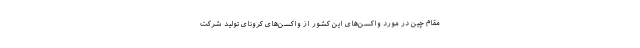
مقام چین در مورد واکسن‌های این کشور از واکسن‌های کرونای تولید شرکت